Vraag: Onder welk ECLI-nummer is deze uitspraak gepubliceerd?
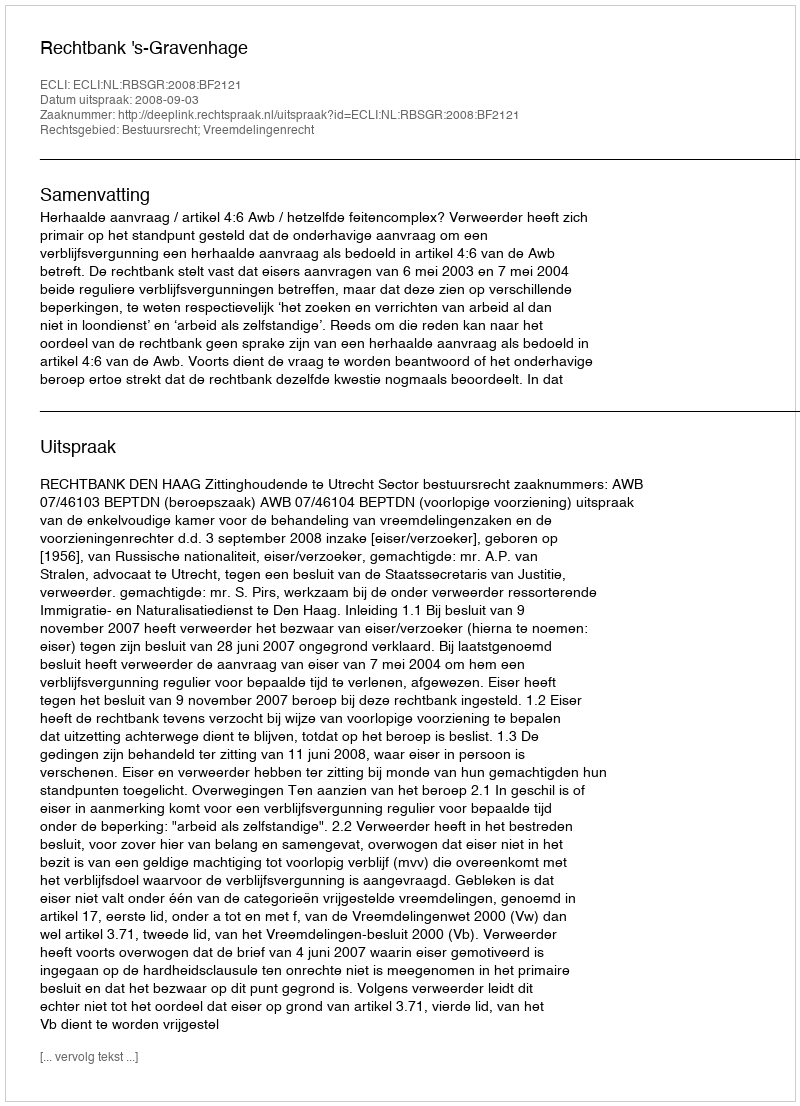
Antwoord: ECLI:NL:RBSGR:2008:BF2121